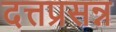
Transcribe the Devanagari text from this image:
दत्तप्रसन्न